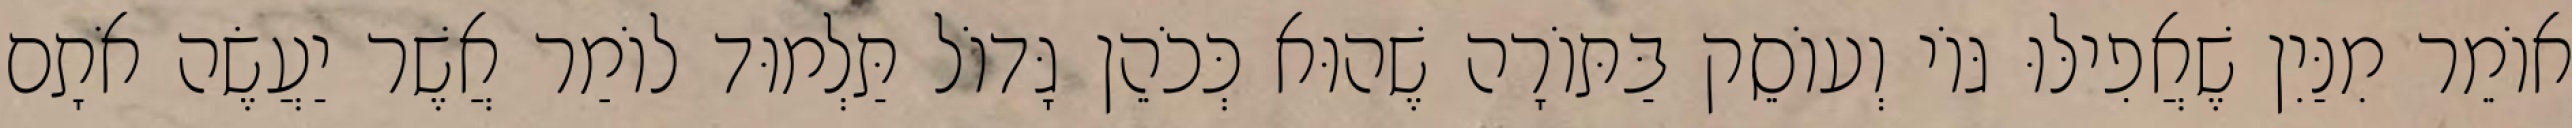
אוֹמֵר מִנַּיִן שֶׁאֲפִילּוּ גּוֹי וְעוֹסֵק בַּתּוֹרָה שֶׁהוּא כְּכֹהֵן גָּדוֹל תַּלְמוּד לוֹמַר אֲשֶׁר יַעֲשֶׂה אֹתָם